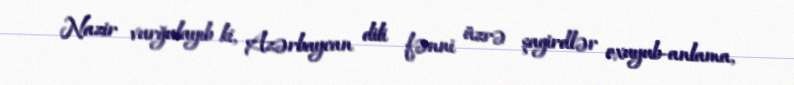
Nazir vurğulayıb ki, Azərbaycan dili fənni üzrə şagirdlər oxuyub-anlama,